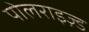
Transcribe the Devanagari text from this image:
पोलराइज़्ड